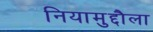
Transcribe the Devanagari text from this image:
नियामुद्दौला